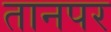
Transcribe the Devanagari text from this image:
तानपर